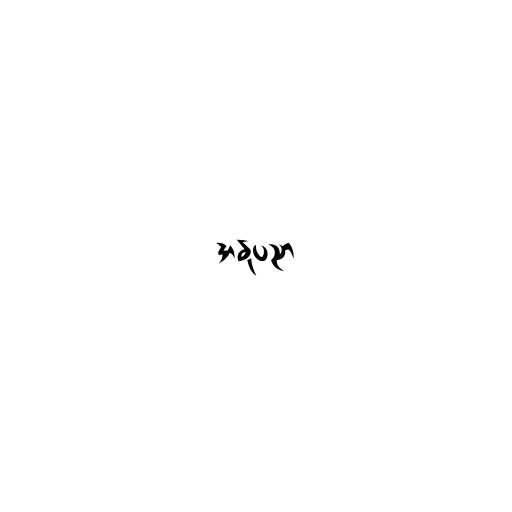
အနုပညာ